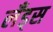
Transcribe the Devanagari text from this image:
लँड्स